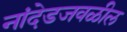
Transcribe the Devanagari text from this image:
नांदेडजवळील